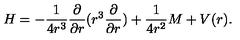
H = - { \frac { 1 } { 4 r ^ { 3 } } } { \frac { \partial } { \partial r } } ( r ^ { 3 } { \frac { \partial } { \partial r } } ) + { \frac { 1 } { 4 r ^ { 2 } } } M + V ( r ) .